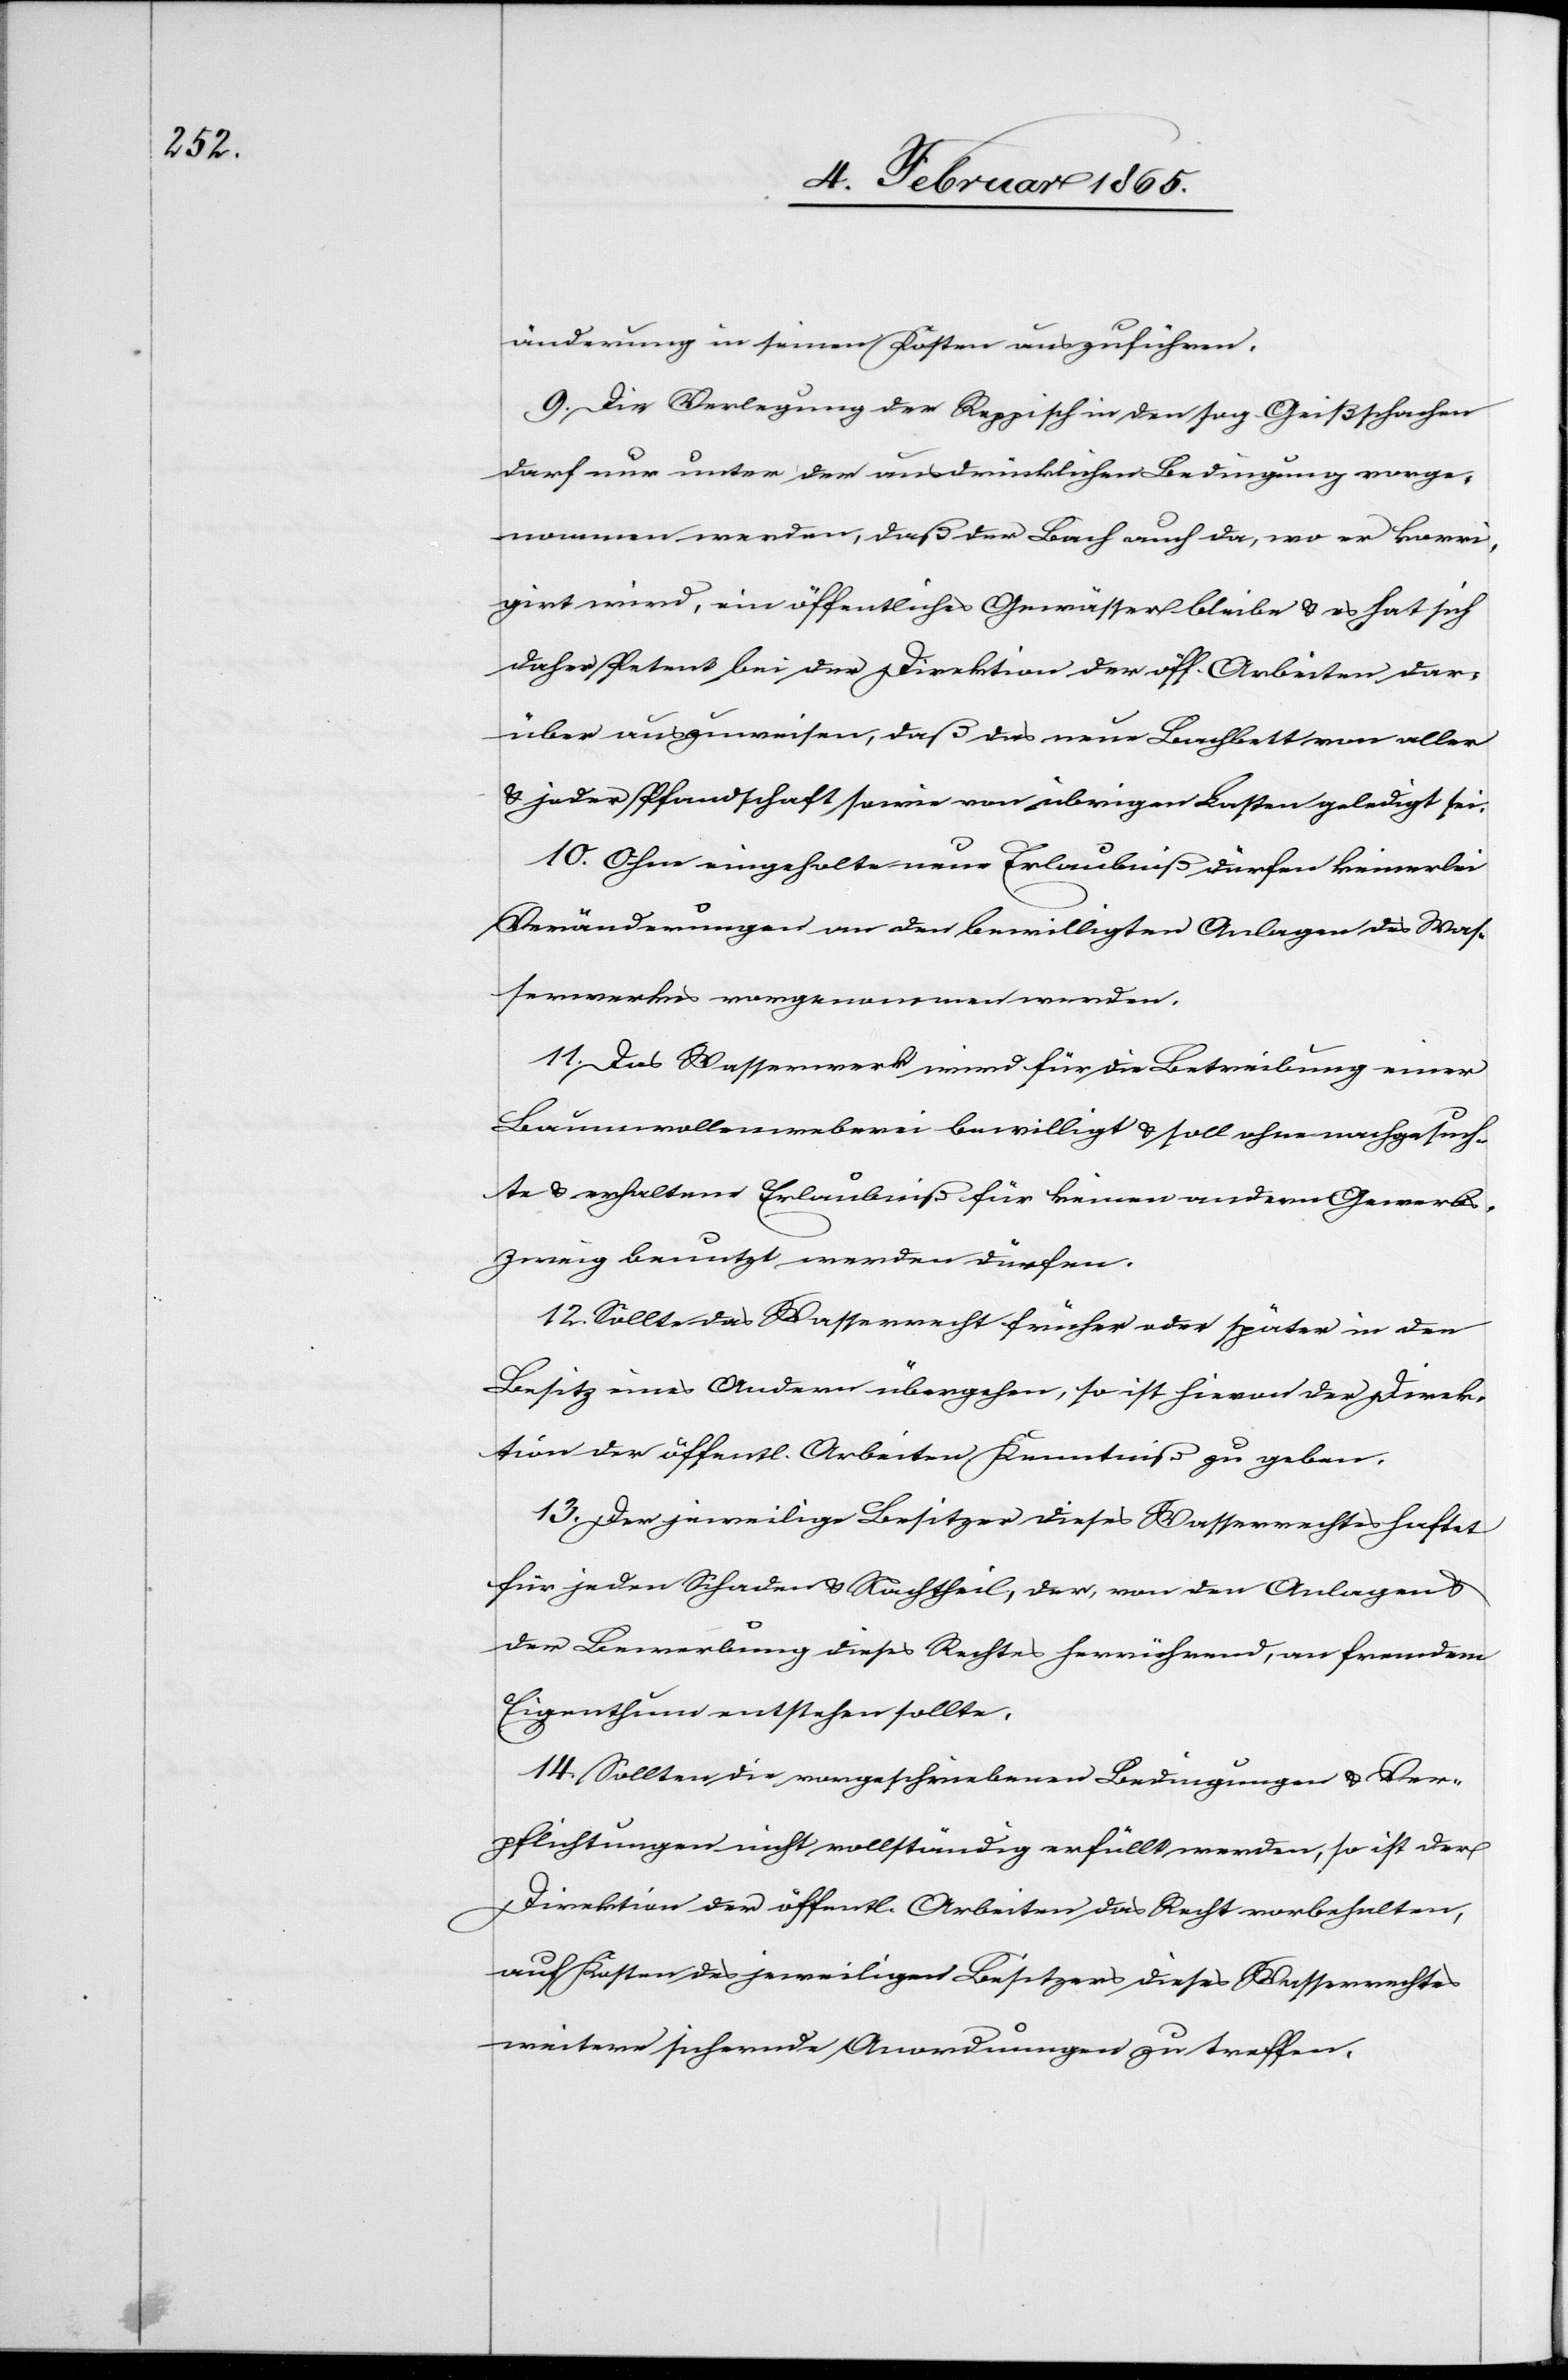
änderung in seinen Kosten auszuführen.
9. Die Verlegung der Reppisch in den sog. Geißschachen
darf nur unter der ausdrücklichen Bedingung vorge¬
nommen werden, daß der Bach auch da, wo er korri¬
girt wird, ein öffentliches Gewässer bleibe u. es hat sich
daher Petent bei der Direktion der öff. Arbeiten dar¬
über auszuweisen, daß das neue Bachbett von aller
u. jeder Pfandschaft sowie von übrigen Lasten geledigt sei.
10. Ohne eingeholte neue Erlaubniß dürfen keinerlei
Veränderungen an den bewilligten Anlagen des Was¬
serwerkes vorgenommen werden.
11. Das Wasserwerk wird für die Betreibung einer
Baumwollenweberei bewilligt u. soll ohne nachgesuch¬
te u. erhaltene Erlaubniß für keinen andern Gewerbs¬
zweig benutzt werden dürfen.
12. Sollte das Wasserrecht früher oder später in den
Besitz eines Andern übergehen, so ist hievon der Direk¬
tion der öffentl. Arbeiten Kenntniß zu geben.
13. Der jeweilige Besitzer dieses Wasserrechtes haftet
für jeden Schaden u. Nachtheil, der, von den Anlagen u.
der Bewerbung dieses Rechtes herrührend, an fremdem
Eigenthum entstehen sollte.
14. Sollten die vorgeschriebenen Bedingungen u. Ver¬
pflichtungen nicht vollständig erfüllt werden, so ist der
Direktion der öffentl. Arbeiten das Recht vorbehalten,
auf Kosten des jeweiligen Besitzers dieses Wasserrechtes
weitere sichernde Anordnungen zu treffen.